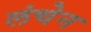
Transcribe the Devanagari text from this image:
लंचेन